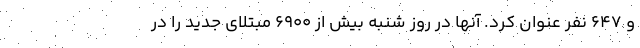
و 647 نفر عنوان کرد. آنها در روز شنبه بیش از 6900 مبتلای جدید را در